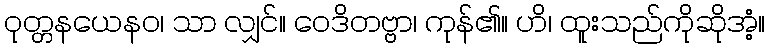
ဝုတ္တနယေနဝ၊ သာ လျှင်။ ဝေဒိတဗ္ဗာ၊ ကုန်၏။ ဟိ၊ ထူးသည်ကိုဆိုအံ့။